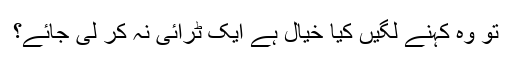
تو وہ کہنے لگیں کیا خیال ہے ایک ٹرائی نہ کر لی جائے؟